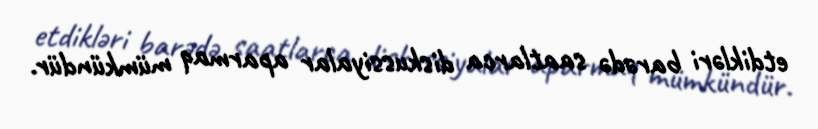
etdikləri barədə saatlarca diskussiyalar aparmaq mümkündür.